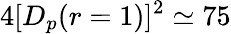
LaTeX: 4[D_{p}(r=1)]^{2}\simeq 75